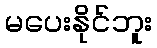
မပေးနိုင်ဘူး